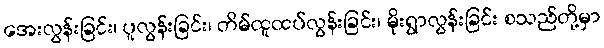
အေးလွန်းခြင်း၊ ပူလွန်းခြင်း၊ တိမ်ထူထပ်လွန်းခြင်း၊ မိုးရွာလွန်းခြင်း စသည်တို့မှာ